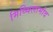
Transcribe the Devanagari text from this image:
मिथ्थिलामोद